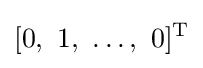
[0,\ 1,\ \ldots ,\ 0]^{\mathrm {T} }